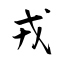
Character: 戎